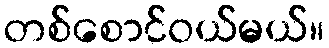
တစ်စောင်ဝယ်မယ်။